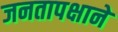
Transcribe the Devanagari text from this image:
जनतापक्षाने